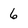
Character: 6